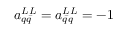
a _ { q \bar { q } } ^ { L L } = a _ { \bar { q } q } ^ { L L } = - 1